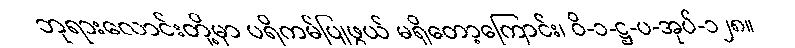
ဘုရားလောင်းတို့မှာ ပရိကမ်ပြုဖွယ် မရှိတော့ကြောင်း၊ ဝိ-၁-ဋ္ဌ-ပ-အုပ်-၁၂၈။